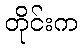
တိုင်းက